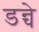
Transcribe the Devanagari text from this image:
डन्चे